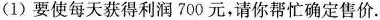
(1)要使每天获得利润700元，请你帮忙确定售价。